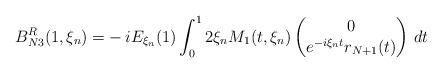
LaTeX: \begin{align*}B_{N3}^R(1,\xi_n)=&-iE_{\xi_n}(1)\int_0^12\xi_n M_1(t,\xi_n)\begin{pmatrix}0\\ e^{-i\xi_n t}r_{N+1}(t)\end{pmatrix}\,dt\end{align*}